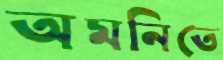
অমনিতে